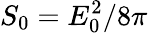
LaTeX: S_{0}=E_{0}^{2}/8\pi